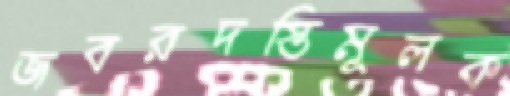
জবরদস্তিমূলক